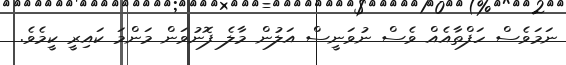
ނަމަވެސް ހަފްތާއެއް ވެސް ނުވަނީސް އަލުން މާލެ ފޮނުވަން މަންމަ ކައިރީ ކީމެވެ.